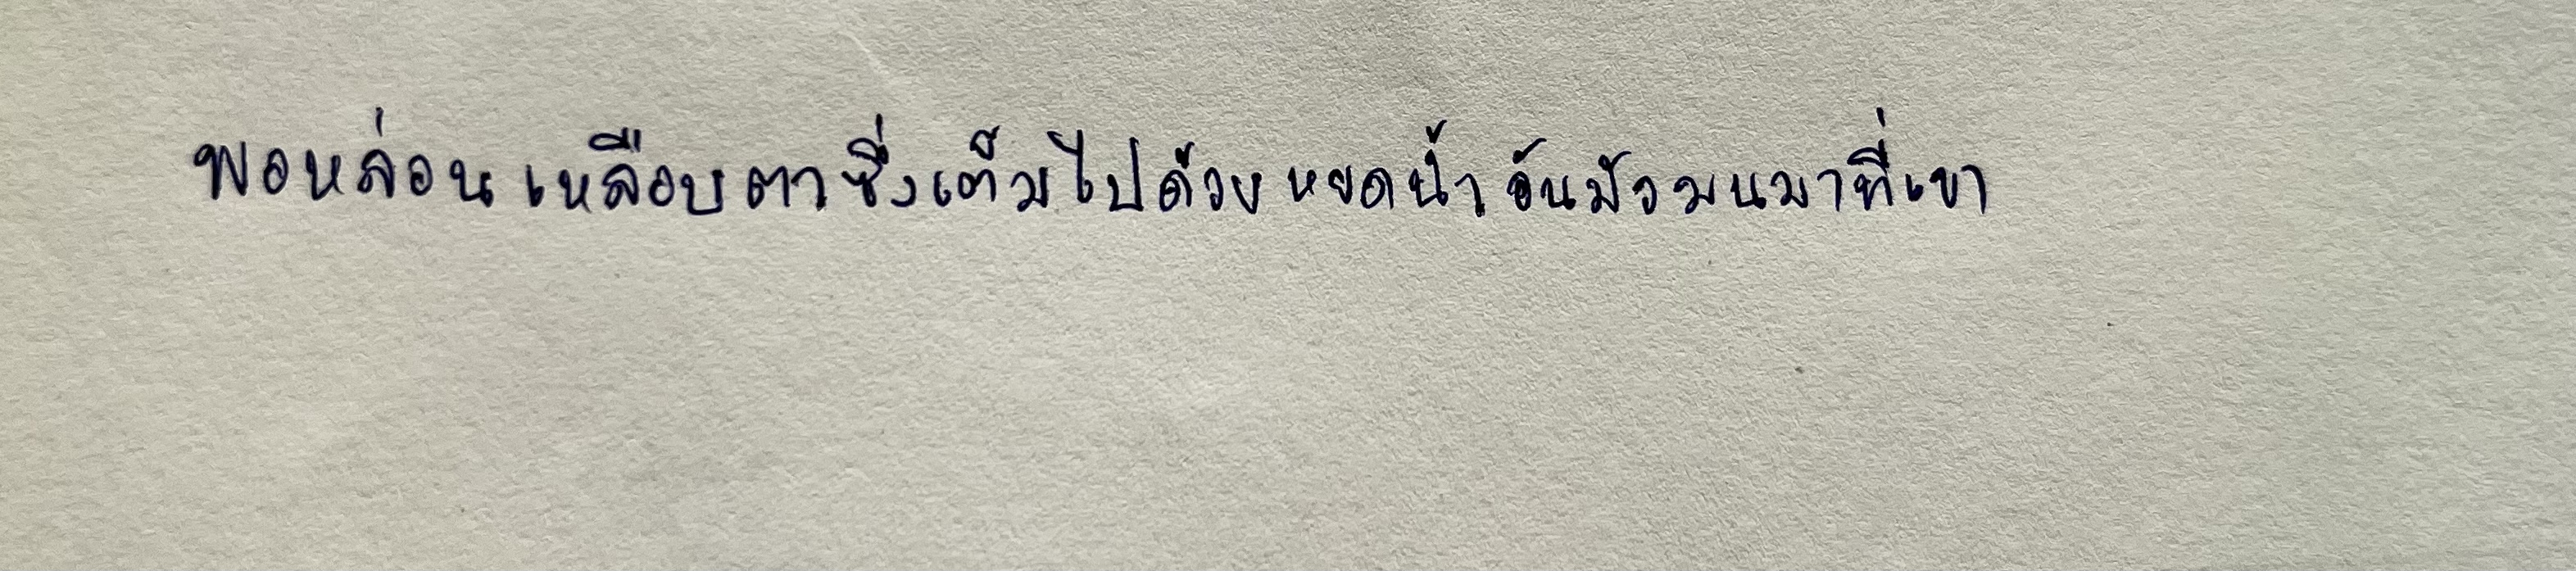
พอหล่อนเหลือบตาซึ่งเต็มไปด้วยหยดน้ำอันมัวมนมาที่เขา